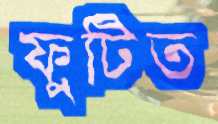
ফুটিত